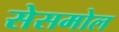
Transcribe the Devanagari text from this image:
सेसमोल